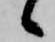
候